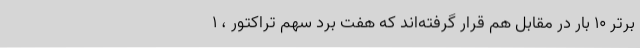
برتر 10 بار در مقابل هم قرار گرفته‌اند که هفت برد سهم تراکتور ، 1